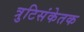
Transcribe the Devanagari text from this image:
त्रुटिसंकेतक